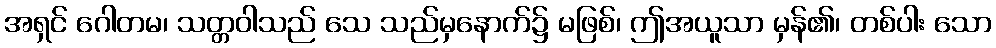
အရှင် ဂေါတမ၊ သတ္တဝါသည် သေ သည်မှနောက်၌ မဖြစ်၊ ဤအယူသာ မှန်၏၊ တစ်ပါး သော